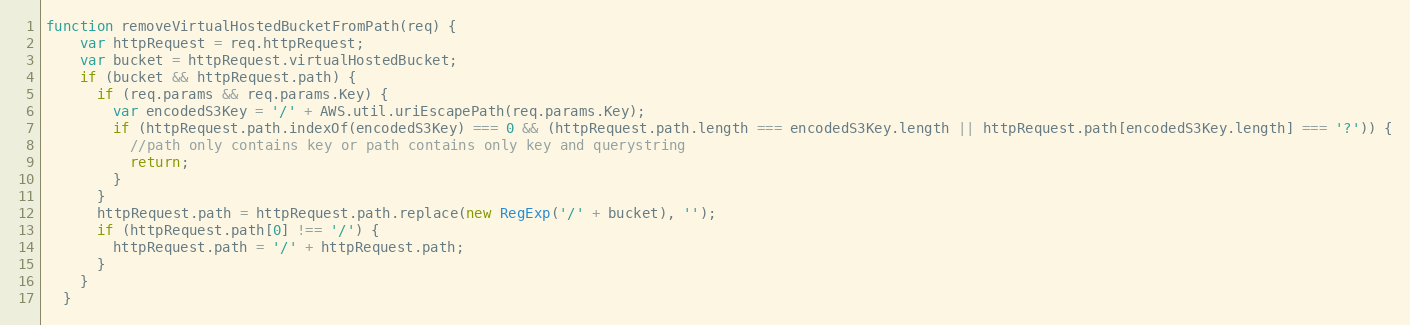
Language: JavaScript
function removeVirtualHostedBucketFromPath(req) {
    var httpRequest = req.httpRequest;
    var bucket = httpRequest.virtualHostedBucket;
    if (bucket && httpRequest.path) {
      if (req.params && req.params.Key) {
        var encodedS3Key = '/' + AWS.util.uriEscapePath(req.params.Key);
        if (httpRequest.path.indexOf(encodedS3Key) === 0 && (httpRequest.path.length === encodedS3Key.length || httpRequest.path[encodedS3Key.length] === '?')) {
          //path only contains key or path contains only key and querystring
          return;
        }
      }
      httpRequest.path = httpRequest.path.replace(new RegExp('/' + bucket), '');
      if (httpRequest.path[0] !== '/') {
        httpRequest.path = '/' + httpRequest.path;
      }
    }
  }